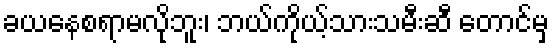
ခယနေစရာမလိုဘူး၊ ဘယ်ကိုယ့်သားသမီးဆီ တောင်မှ